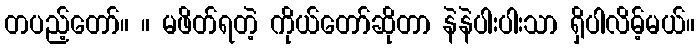
တပည့်တော်။ ။ မဖိတ်ရတဲ့ ကိုယ်တော်ဆိုတာ နဲနဲပါးပါးသာ ရှိပါလိမ့်မယ်။